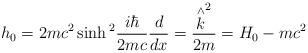
LaTeX: \begin{align*}h_0=2mc^2\sinh {}^2\frac{i\hbar}{2mc}\frac d{dx}=\frac{\stackrel{\wedge }{k}^2}{2m}=H_0-mc^2\end{align*}